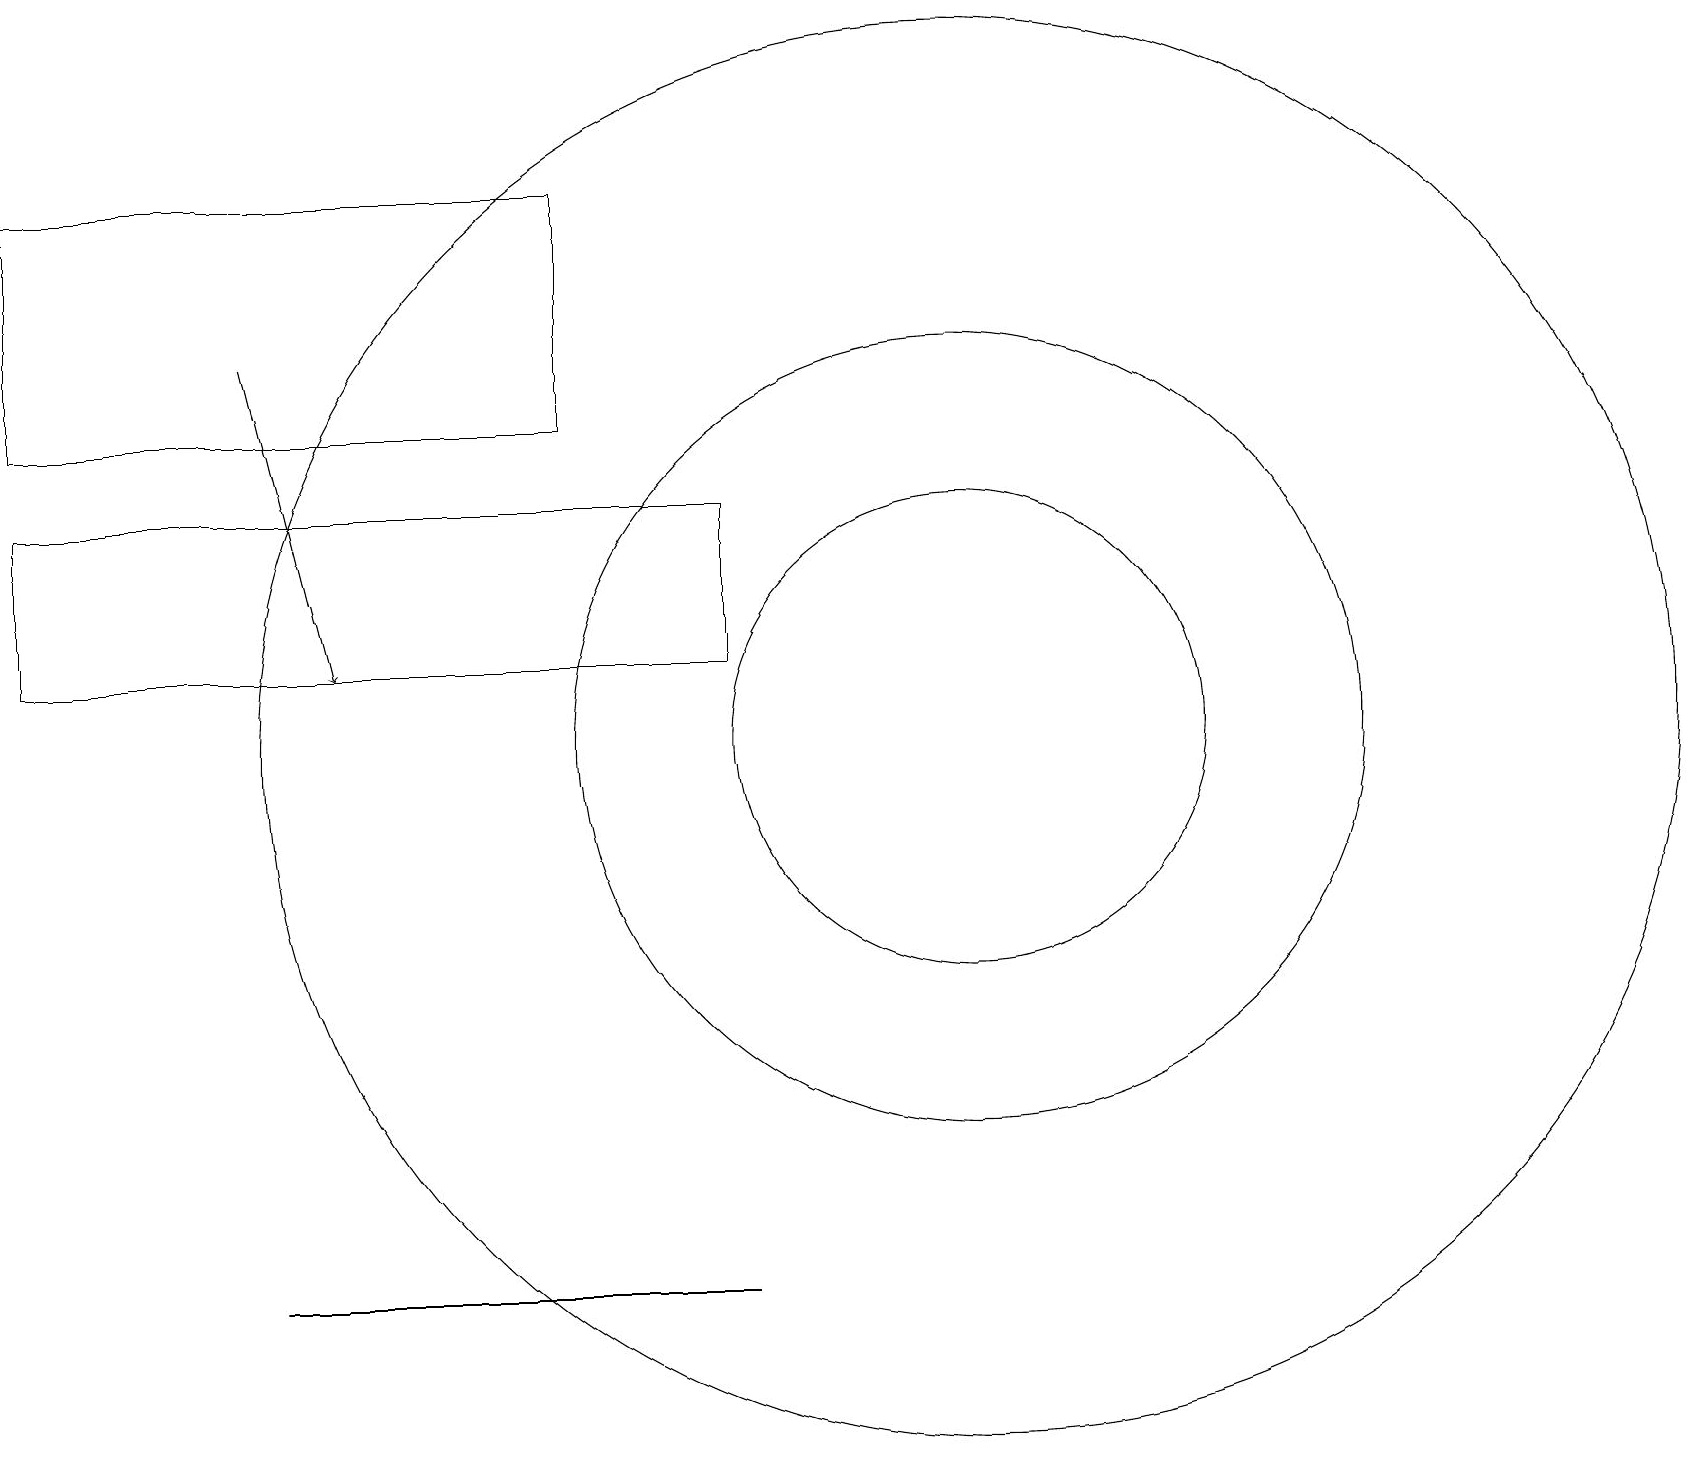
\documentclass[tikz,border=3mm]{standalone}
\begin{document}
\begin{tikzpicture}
\draw (12,11) circle (5);
\draw (7,15) rectangle (0,18);
\draw (12,11) circle (3);
\draw (12,11) circle (9);
\draw (0,14) rectangle (9,12);
\draw[->] (3,16) -- (4,12);
\draw (3,4) -- (3,4) -- (9,4) -- cycle;
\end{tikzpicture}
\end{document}